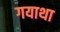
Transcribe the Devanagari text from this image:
गयाथा